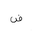
Letter: _dad